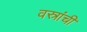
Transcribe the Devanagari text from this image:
वस्रांचीं